Indian journal of veterinary science and animal husbandry - Volume 2,
Year: 1932
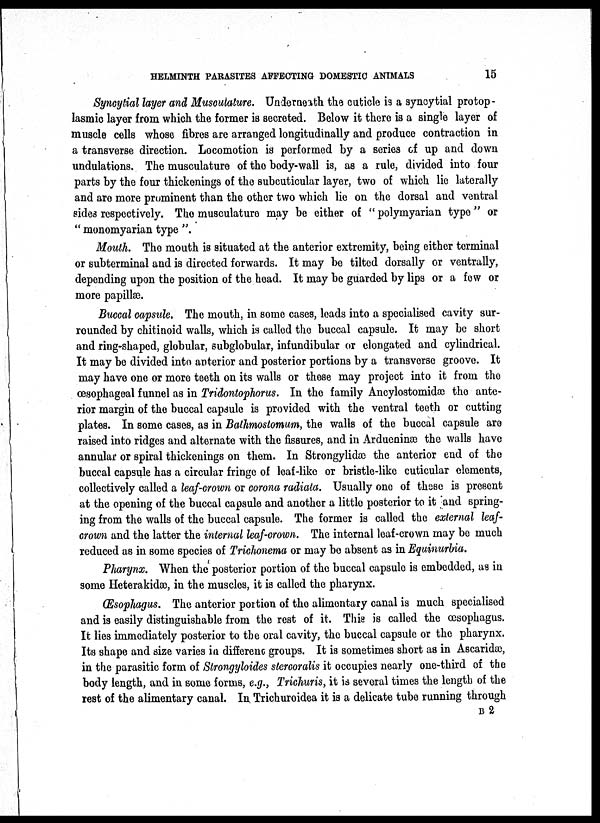
HELMINTH PARASITES AFFECTING DOMESTIC ANIMALS
15
Syncytial layer and Musculature. Underneath the cuticle is a syncytial protop-
lasmic layer from which the former is secreted. Below it there is a single layer of
muscle cells whose fibres are arranged longitudinally and produce contraction in
a transverse direction. Locomotion is performed by a series of up and down
undulations. The musculature of the body-wall is, as a rule, divided into four
parts by the four thickenings of the subcuticular layer, two of which lie laterally
and are more prominent than the other two which lie on the dorsal and ventral
sides respectively. The musculature may be either of " polymyarian type " or
" monomyarian type ".
Mouth. The mouth is situated at the anterior extremity, being either terminal
or subterminal and is directed forwards. It may be tilted dorsally or ventrally,
depending upon the position of the head. It may be guarded by lips or a few or
more papillæ.
Buccal capsule. The mouth, in some cases, leads into a specialised cavity sur-
rounded by chitinoid walls, which is called the buccal capsule. It may be short
and ring-shaped, globular, subglobular, infundibular or elongated and cylindrical.
It may be divided into anterior and posterior portions by a transverse groove. It
may have one or more teeth on its walls or these may project into it from the
œsophageal funnel as in Tridontophorus. In the family Ancylostomidæ the ante-
rior margin of the buccal capsule is provided with the ventral teeth or cutting
plates. In some cases, as in Bathmostomum, the walls of the buccal capsule are
raised into ridges and alternate with the fissures, and in Ardueninæ the walls have
annular or spiral thickenings on them. In Strongylidæ the anterior end of the
buccal capsule has a circular fringe of leaf-like or bristle-like cuticular elements,
collectively called a leaf-crown or corona radiata. Usually one of these is present
at the opening of the buccal capsule and another a little posterior to it and spring-
ing from the walls of the buccal capsule. The former is called the external leaf-
crown and the latter the internal leaf-crown. The internal leaf-crown may be much
reduced as in some species of Trichonema or may be absent as in Equinurbia.
Pharynx. When the posterior portion of the buccal capsule is embedded, as in
some Heterakidæ, in the muscles, it is called the pharynx.
Œsophagus. The anterior portion of the alimentary canal is much specialised
and is easily distinguishable from the rest of it. This is called the œsophagus.
It lies immediately posterior to the oral cavity, the buccal capsule or the pharynx.
Its shape and size varies in differenc groups. It is sometimes short as in Ascaridæ,
in the parasitic form of Strongyloides stercoralis it occupies nearly one-third of the
body length, and in some forms, e.g., Trichuris, it is several times the length of the
rest of the alimentary canal. In Trichuroidea it is a delicate tube running through
B 2